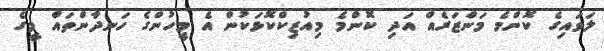
ލަވައިގެ ކޮންމެ މަންޒަރެއް އަދި ކޮންމެ މިއުޒިކްކޮޅަކުން އެ މީހުންގެ ހަނދާންތައް މީގެ